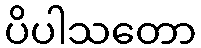
ပိပါသတော